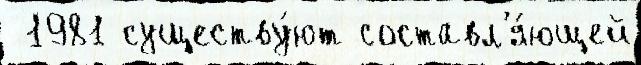
 1981 существу́ют составл'я́ющей